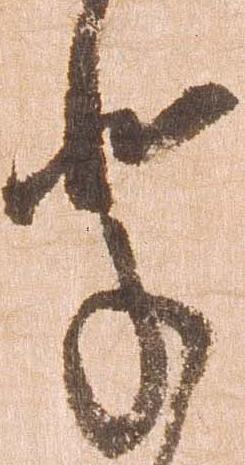
輩